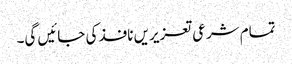
تمام شرعی تعزیریں نافذ کی جائیں گی۔